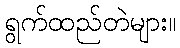
ရွက်ထည်တဲများ။